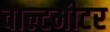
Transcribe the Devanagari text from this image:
वाल्टमीटर